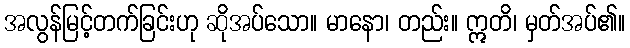
အလွန်မြင့်တက်ခြင်းဟု ဆိုအပ်သော။ မာနော၊ တည်း။ ဣတိ၊ မှတ်အပ်၏။